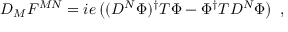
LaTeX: D _ { M } F ^ { M N } = i e \left( ( D ^ { N } \Phi ) ^ { \dagger } T \Phi - \Phi ^ { \dagger } T D ^ { N } \Phi \right) ~ ,